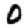
Digit: 0